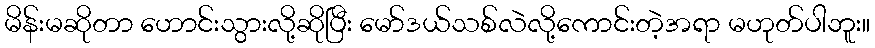
မိန်းမဆိုတာ ဟောင်းသွားလို့ဆိုပြီး မော်ဒယ်သစ်လဲလို့ကောင်းတဲ့အရာ မဟုတ်ပါဘူး။